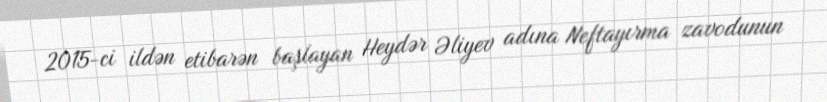
2015-ci ildən etibarən başlayan Heydər Əliyev adına Neftayırma zavodunun